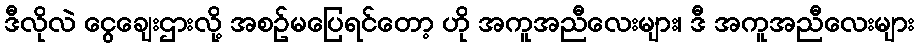
ဒီလိုလဲ ငွေချေးဌားလို့ အစဥ်မပြေရင်တော့ ဟို အကူအညီလေးများ၊ ဒီ အကူအညီလေးများ